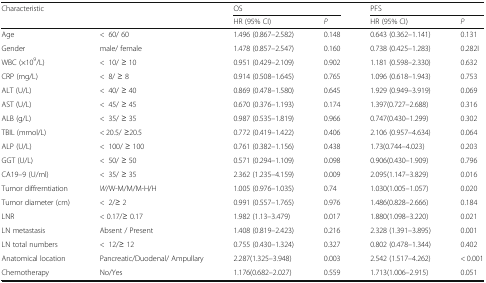
<table><thead><tr><td rowspan="2"><b>Characteristic</b></td><td rowspan="2"></td><td colspan="2"><b>OS</b></td><td colspan="2"><b>PFS</b></td></tr><tr><td><b>HR (95% CI)</b></td><td><b><i>P</i></b></td><td><b>HR (95% CI)</b></td><td><b><i>P</i></b></td></tr></thead><tbody><tr><td>Age</td><td>&lt;60/ 60</td><td>1.496 (0.867–2.582)</td><td>0.148</td><td>0.643 (0.362–1.141)</td><td>0.131</td></tr><tr><td>Gender</td><td>male/ female</td><td>1.478 (0.857–2.547)</td><td>0.160</td><td>0.738 (0.425–1.283)</td><td>0.282I</td></tr><tr><td>WBC (×10<sup>9</sup>/L)</td><td>&lt;10/ ≥ 10</td><td>0.951 (0.429–2.109)</td><td>0.902</td><td>1.181 (0.598–2.330)</td><td>0.632</td></tr><tr><td>CRP (mg/L)</td><td>&lt;8/ ≥ 8</td><td>0.914 (0.508–1.645)</td><td>0.765</td><td>1.096 (0.618–1.943)</td><td>0.753</td></tr><tr><td>ALT (U/L)</td><td>&lt;40/ ≥ 40</td><td>0.869 (0.478–1.580)</td><td>0.645</td><td>1.929 (0.949–3.919)</td><td>0.069</td></tr><tr><td>AST (U/L)</td><td>&lt;45/ ≥ 45</td><td>0.670 (0.376–1.193)</td><td>0.174</td><td>1.397(0.727–2.688)</td><td>0.316</td></tr><tr><td>ALB (g/L)</td><td>&lt;35/ ≥ 35</td><td>0.987 (0.535–1.819)</td><td>0.966</td><td>0.747(0.430–1.299)</td><td>0.302</td></tr><tr><td>TBIL (mmol/L)</td><td>&lt; 20.5/ ≥20.5</td><td>0.772 (0.419–1.422)</td><td>0.406</td><td>2.106 (0.957–4.634)</td><td>0.064</td></tr><tr><td>ALP (U/L)</td><td>&lt;100/ ≥ 100</td><td>0.761 (0.382–1.156)</td><td>0.438</td><td>1.73(0.744–4.023)</td><td>0.203</td></tr><tr><td>GGT (U/L)</td><td>&lt;50/ ≥ 50</td><td>0.571 (0.294–1.109)</td><td>0.098</td><td>0.906(0.430–1.909)</td><td>0.796</td></tr><tr><td>CA19–9 (U/ml)</td><td>&lt;35/ ≥ 35</td><td>2.362 (1.235–4.159)</td><td>0.009</td><td>2.095(1.147–3.829)</td><td>0.016</td></tr><tr><td>Tumor diffrerntiation</td><td><i>W</i>/W-M/M/M-H/H</td><td>1.005 (0.976–1.035)</td><td>0.74</td><td>1.030(1.005–1.057)</td><td>0.020</td></tr><tr><td>Tumor diameter (cm)</td><td>&lt;2/≥ 2</td><td>0.991 (0.557–1.765)</td><td>0.976</td><td>1.486(0.828–2.666)</td><td>0.184</td></tr><tr><td>LNR</td><td>&lt; 0.17/≥ 0.17</td><td>1.982 (1.13–3.479)</td><td>0.017</td><td>1.880(1.098–3.220)</td><td>0.021</td></tr><tr><td>LN metastasis</td><td>Absent / Present</td><td>1.408 (0.819–2.423)</td><td>0.216</td><td>2.328 (1.391–3.895)</td><td>0.001</td></tr><tr><td>LN total numbers</td><td>&lt;12/≥ 12</td><td>0.755 (0.430–1.324)</td><td>0.327</td><td>0.802 (0.478–1.344)</td><td>0.402</td></tr><tr><td>Anatomical location</td><td>Pancreatic/Duodenal/ Ampullary</td><td>2.287(1.325–3.948)</td><td>0.003</td><td>2.542 (1.517–4.262)</td><td>&lt; 0.001</td></tr><tr><td>Chemotherapy</td><td>No/Yes</td><td>1.176(0.682–2.027)</td><td>0.559</td><td>1.713(1.006–2.915)</td><td>0.051</td></tr></tbody></table>